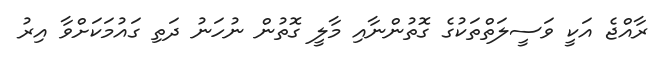
ރާއްޖެ އަކީ ވަސީލަތްތަކުގެ ގޮތުންނާއި މާލީ ގޮތުން ނުހަނު ދަތި ގައުމަކަށްވާ އިރު